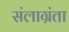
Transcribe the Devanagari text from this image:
संलाग्रंता